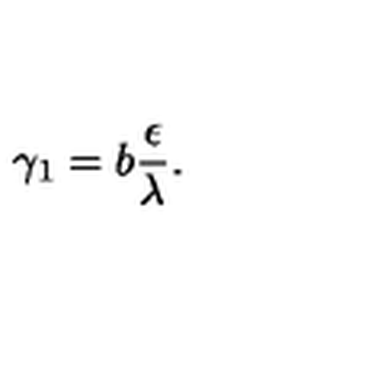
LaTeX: \gamma _ { 1 } = b \frac { \epsilon } { \lambda } .